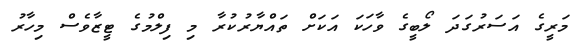
މަރީގެ އަސަރުގަދަ ލޯބީގެ ވާހަކަ އަކަށް ތައްޔާރުކުރާ މި ފިލްމުގެ ޓީޒާވެސް މިހާރު